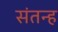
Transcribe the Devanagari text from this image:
संतन्ह